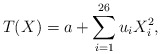
\begin{align*}T(X)=a+\sum_{i=1}^{26}u_iX_i^2, \end{align*}